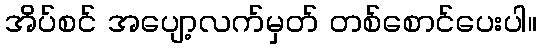
အိပ်စင် အပျော့လက်မှတ် တစ်စောင်ပေးပါ။